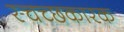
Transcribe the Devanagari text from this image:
स्चच्छकारक